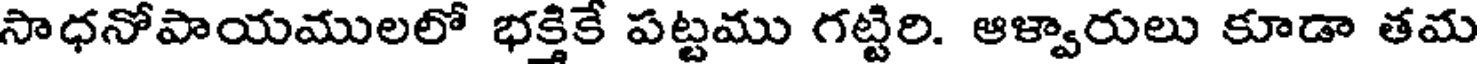
సాధనోపాయములలో భక్తికే పట్టము గట్టిరి. ఆళ్వారులు కూడా తమ